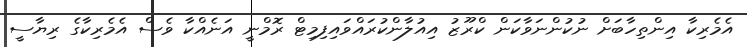
އެމެރިކާ އިންތިހާބަށް ނުކުންނަވާކަން ކްރޫޒު އިއުލާންކުރައްވައިފިމިޓް ރޮމްނީ އަނެއްކާ ވެސް އެމެރިކާގެ ރިޔާސީ